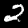
Digit: 2